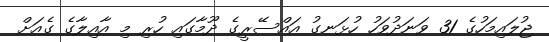
ޖުލައިމަހުގެ 31 ވަނަދުވަހު ހުޅަނގު އައްސޭރީގެ ދޫމާގައި ހުރި މި އާއިލާގެ ގެއަށް